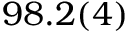
9 8 . 2 ( 4 ) \